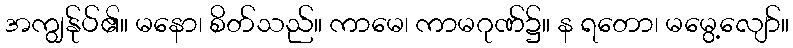
အကျွန်ုပ်၏။ မနော၊ စိတ်သည်။ ကာမေ၊ ကာမဂုဏ်၌။ န ရတော၊ မမွေ့လျော်။